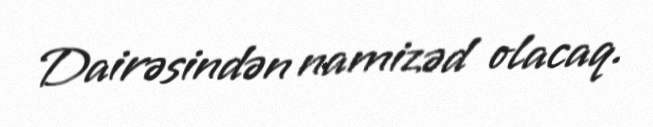
Dairəsindən namizəd olacaq.